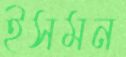
ইসমন